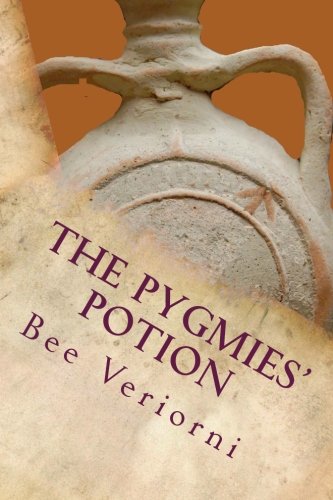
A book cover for The Pygmies' Potion: (For adults only); Bee Veriorni; Romance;